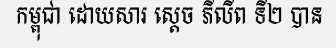
កម្ពុជា ដោយសារ ស្តេច ភីលីព ទី២ បាន